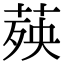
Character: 𦴊